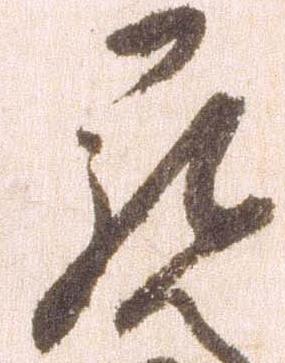
罷